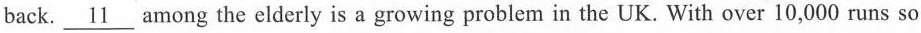
back. \underline{11} among the elderly is a growing problem in the UK. With over 10,000 runs so